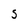
Character: S